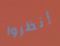
إنظروا